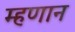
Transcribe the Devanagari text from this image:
म्हणान